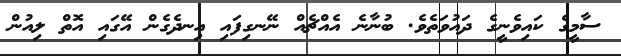
ސާމީގެ ކައިވެނީގެ ދައުވަތެވެ. ބުނާނެ އެއްޗެއް ނޭނގިފައި އިނދެގެން އޭގައި އޮތް ލިއުން